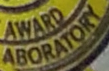
ABORATORY